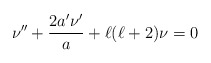
\begin{align*}\nu''+\frac{2a'\nu'}{a}+\ell(\ell+2)\nu=0\end{align*}